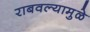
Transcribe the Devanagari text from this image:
राबवल्यामुळे